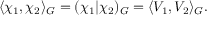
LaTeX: \langle \chi _ { 1 } , \chi _ { 2 } \rangle _ { G } = ( \chi _ { 1 } | \chi _ { 2 } ) _ { G } = \langle V _ { 1 } , V _ { 2 } \rangle _ { G } .